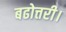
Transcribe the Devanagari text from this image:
बढोत्तरी।